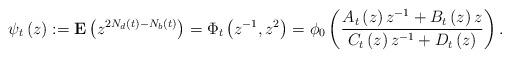
LaTeX: \begin{align*}\psi _{t}\left( z\right) :=\mathbf{E}\left( z^{2N_{d}\left( t\right)-N_{b}\left( t\right) }\right) =\Phi _{t}\left( z^{-1},z^{2}\right) =\phi_{0}\left( \frac{A_{t}\left( z\right) z^{-1}+B_{t}\left( z\right) z}{C_{t}\left( z\right) z^{-1}+D_{t}\left( z\right) }\right) . \end{align*}